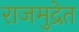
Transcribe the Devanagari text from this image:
राजमुद्रेत